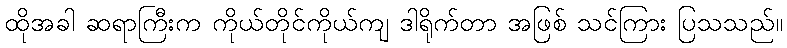
ထိုအခါ ဆရာကြီးက ကိုယ်တိုင်ကိုယ်ကျ ဒါရိုက်တာ အဖြစ် သင်ကြား ပြသသည်။